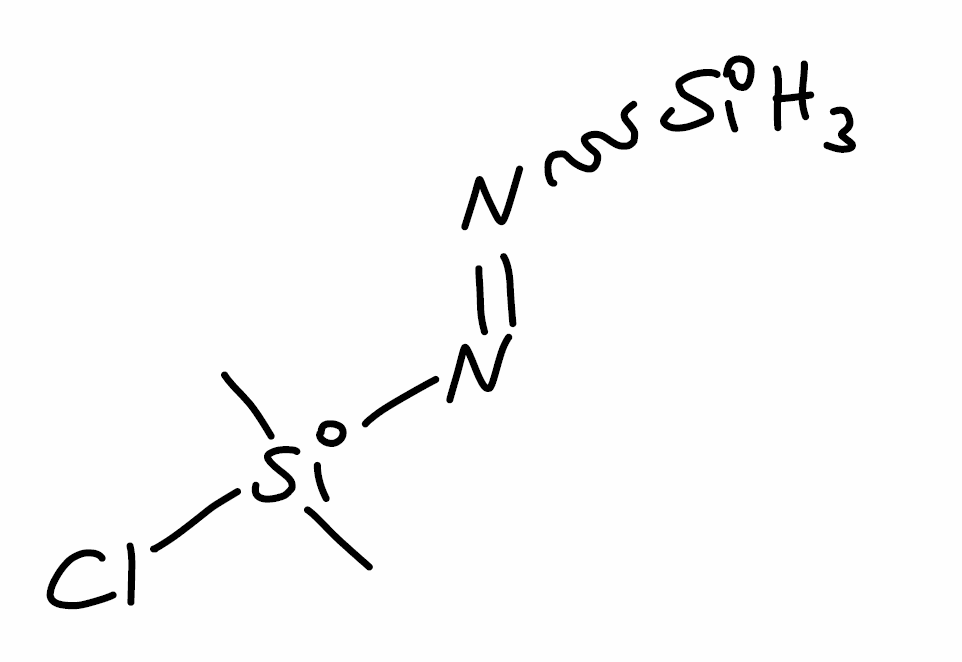
Simplified molecular-input line-entry system (SMILES) notation of the given molecule:
C[Si](C)(N=N[SiH3])Cl